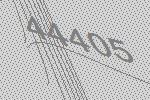
44405